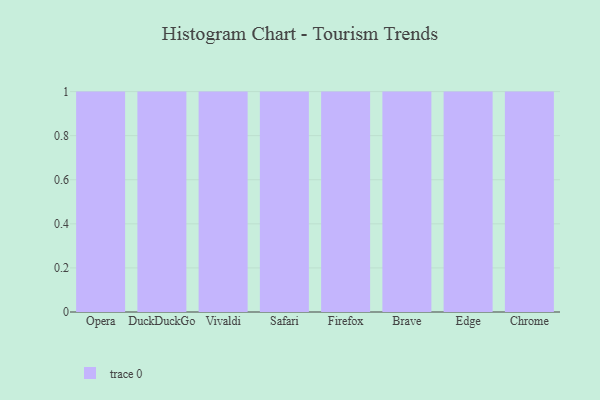
{"axis": {"x": "Browser", "y": "Customer Acquisition Cost (USD)"}, "legend": [""], "data": [{"x": "Opera", "y": 100, "type": ""}, {"x": "DuckDuckGo", "y": 84, "type": ""}, {"x": "Vivaldi", "y": 31, "type": ""}, {"x": "Safari", "y": 69, "type": ""}, {"x": "Firefox", "y": 88, "type": ""}, {"x": "Brave", "y": 12, "type": ""}, {"x": "Edge", "y": 15, "type": ""}, {"x": "Chrome", "y": 9, "type": ""}]}